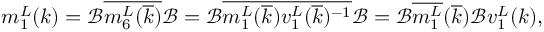
\begin{array} { r } { m _ { 1 } ^ { L } ( k ) = \mathcal { B } \overline { { m _ { 6 } ^ { L } ( \overline { { k } } ) } } \mathcal { B } = \mathcal { B } \overline { { m _ { 1 } ^ { L } ( \overline { { k } } ) } } \overline { { v _ { 1 } ^ { L } ( \overline { { k } } ) ^ { - 1 } } } \mathcal { B } = \mathcal { B } \overline { { m _ { 1 } ^ { L } } } ( \overline { { k } } ) \mathcal { B } v _ { 1 } ^ { L } ( k ) , } \end{array}